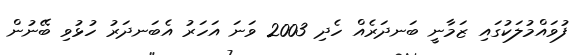
ފުވައްމުލަކުގައި ޒަމާނީ ބަނދަރެއް ހެދި 2003 ވަނަ އަހަރު އެބަނދަރު ހުޅުވި ބޭނުން